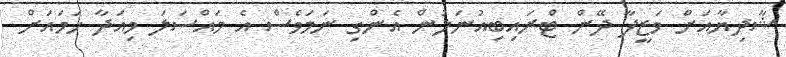
ޝާދިޔާއަށް ވަޒީފާ ދޭން ޓްރައިބިއުނަލުން އެންގި ނަމަވެސް އެ މައްސަލަ މިއަދާ ހަމައަށް